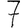
Digit: 7